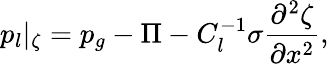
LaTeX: p_{l}|_{\zeta}=p_{g}-\Pi-C_{l}^{-1}\sigma\frac{\partial^{2}\zeta}{\partial x^{2}},